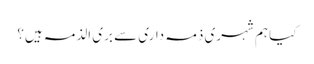
کیا ہم شہری ذمہ داری سے بری الذمہ ہیں؟